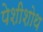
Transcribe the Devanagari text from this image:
पेशीशोथ